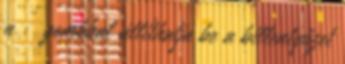
a gombbal állíthatja be a billentyűzet